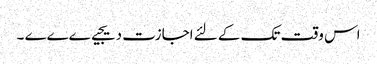
اس وقت تک کے لئے اجازت دیجیےےےے ۔